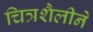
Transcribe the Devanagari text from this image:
चित्रशैलीने